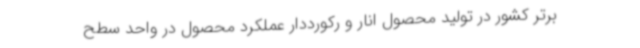
برتر کشور در تولید محصول انار و رکورددار عملکرد محصول در واحد سطح